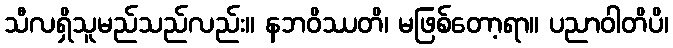
သီလရှိသူမည်သည်လည်း။ နဘဝိဿတိ၊ မဖြစ်တော့ရာ။ ပညာဝါတိပိ၊